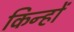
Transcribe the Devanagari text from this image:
किन्हों